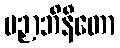
ပဉှာဘိနီတော